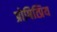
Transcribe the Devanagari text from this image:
प्रोषित्प्रिय